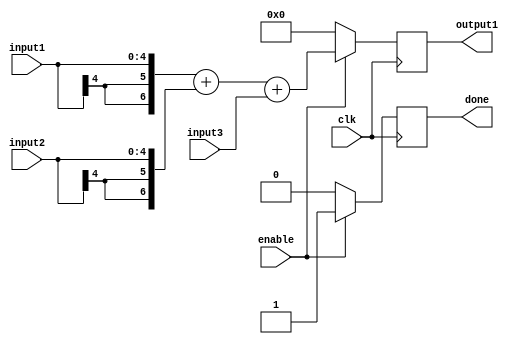
/*
	Author: Aniket Badhan
	Description: Addition stage 2 of Convolution with Laplacian filter
*/

`timescale 1ns / 1ps

module adderStage2(
	input [4:0] input1,
    	input [4:0] input2,
	input [5:0] input3,
    	output reg [6:0] output1,
    	input clk,
	input enable,
	output reg done
    );
	
	always @ (posedge clk) begin
		if(enable) begin	
			output1 <= {{2{input1[4]}}, input1} + {{2{input2[4]}}, input2} + {1'b0, input3};
			done <= 1'b1;
		end
		else begin
			output1 <= 0;
			done <= 1'b0;
		end
	end
	
endmodule